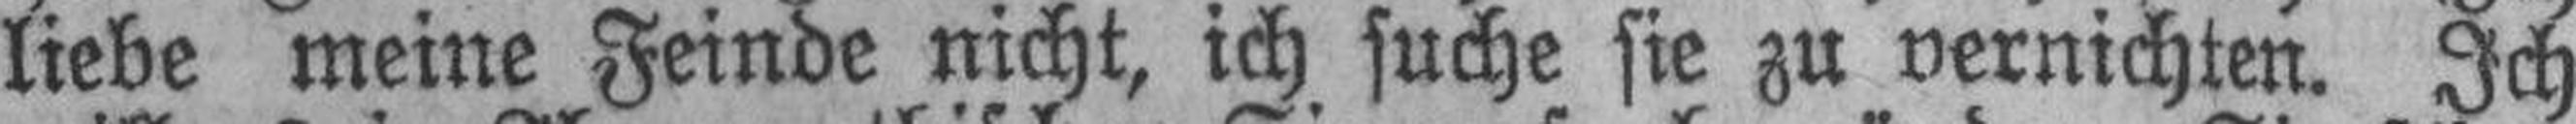
liebe meine Feinde nicht, ich suche sie zu vernichten. Ich